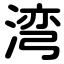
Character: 湾